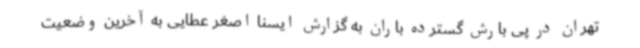
تهران در پی بارش گسترده باران به گزارش ایسنا اصغر عطایی به آخرین وضعیت